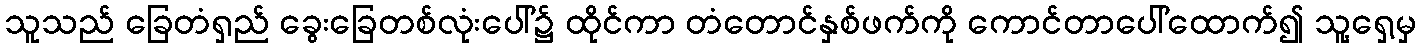
သူသည် ခြေတံရှည် ခွေးခြေတစ်လုံးပေါ်၌ ထိုင်ကာ တံတောင်နှစ်ဖက်ကို ကောင်တာပေါ်ထောက်၍ သူ့ရှေ့မှ